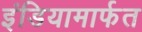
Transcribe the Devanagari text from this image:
इंडियामार्फत